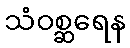
သံဝစ္ဆရေန